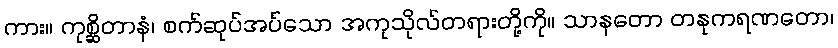
ကား။ ကုစ္ဆိတာနံ၊ စက်ဆုပ်အပ်သော အကုသိုလ်တရားတို့ကို။ သာနတော တနုကရဏတော၊